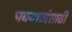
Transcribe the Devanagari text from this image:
पक्वान्नांसाठी